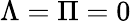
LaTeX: \Lambda=\Pi=0